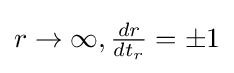
r\to \infty ,{\tfrac {dr}{dt_{r}}}=\pm 1